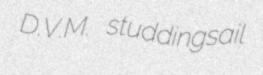
D.V.M. studdingsail